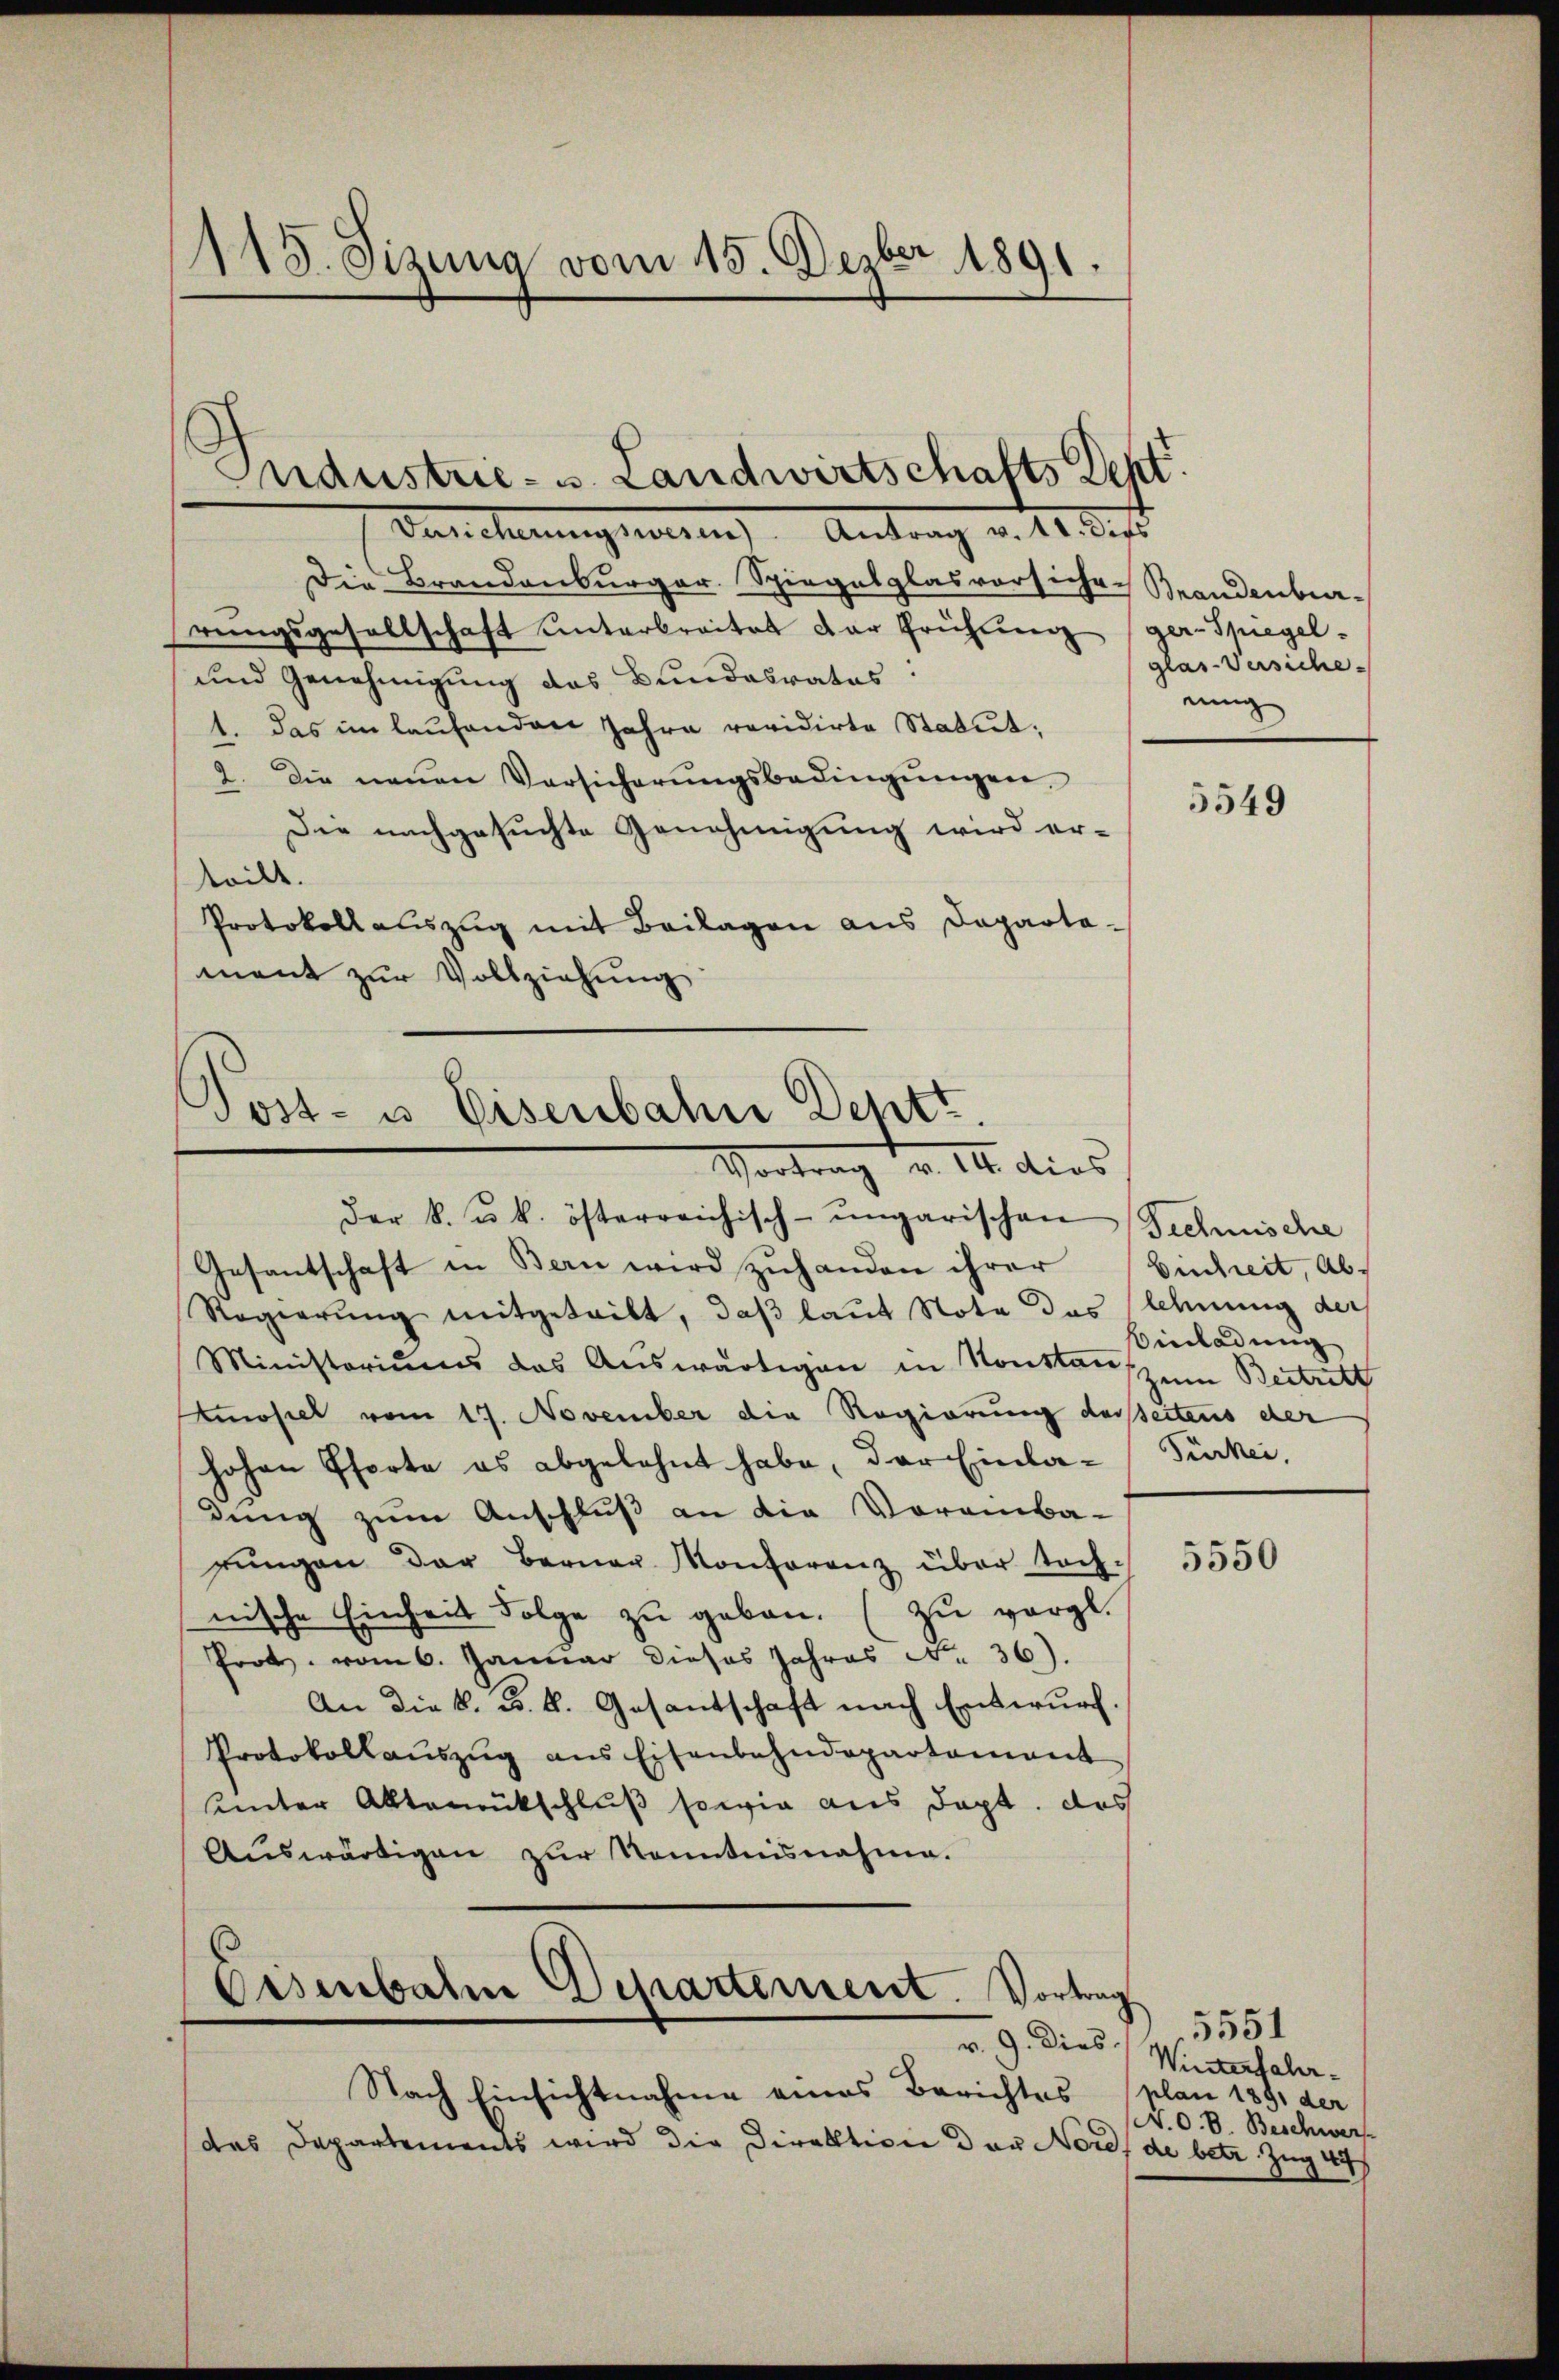
115. Sizung vom 15. Depber 1891.

Endustrie- u. Landwirtschafts Sept.

Vancherungsares Antrag v. 11. dies
Die Brandenburger. Spiegelplasvorsiche Brandenbur-
rŭngsgesellschaft unterbreitet der frührung (ger. Spiegel-
und Genehmigung das Bundesrates.
1. das im laufenden Jahre revidirte Statut;
2. Die neŭen Versicherŭngsbedingŭngen.
Die nachgesuchte Genehmigung wird erteilt.
Protokollauszug mit Beilagen aus Dapaotament zur Vollziehung

Post- u. Eisenbahn Deptt.
Vortrag d. 14. dies
der k. u. k. österreichisch-ungarischen Technische

Nach Einsichtnahme eines Berichtes
das Departements wird die Direktion der Nords de betr. Zug au

Eisenbahne Departement. Vortrag
v. 9. Dies

Gesantschaft in Bern wird zuhanden ihrer Eintreit, Ab¬
Regierŭng mitgeteilt, daß laut Nota das lehnung der
Ministoriums das Auswärtigen in Konstan zum Beitritt
Amosel vom 17. November die Regierung derseitens der
hohen Pforte es abgelehnt habe, der Einladung zum Anschluß an die Voreinba-
rŭngen der Berner Konferenz über Tochnische Einheit Folge zu geben. (zu vergl.
Prot. vom 6. Januar dieses Jahres No 36).
An die k. k. k. Gesantschaft nach Entwurf
Protokollaŭszŭg ans Eisenbahndepartement
unter Altanrückschluß sowie aus dept. das
Aŭswärtigen zŭr Kenntnisnahme.

glas-Versiche
nung

5549

Einladung
Türkei

5550

5551
Winterfahrplan 1891 der
N. O. B. Beschwer